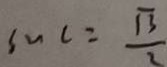
\sin c = \frac { \sqrt { 3 } } { 2 }